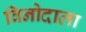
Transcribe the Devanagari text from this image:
विनोदाला